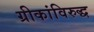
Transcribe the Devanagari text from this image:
ग्रीकांविरुद्ध